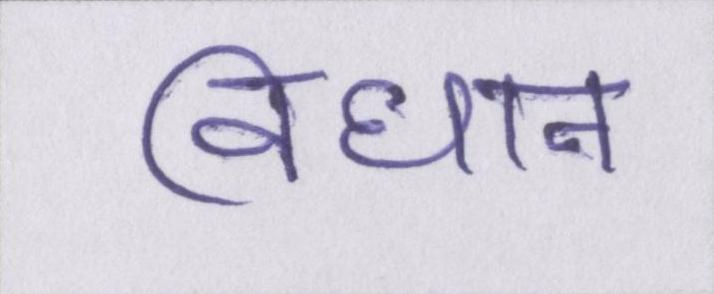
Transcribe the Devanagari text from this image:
विधान